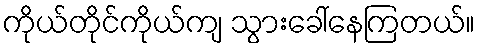
ကိုယ်တိုင်ကိုယ်ကျ သွားခေါ်နေကြတယ်။